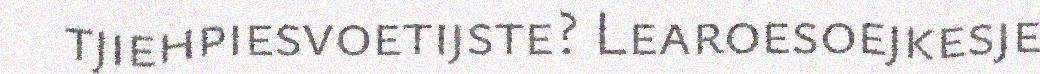
tjiehpiesvoetijste? Learoesoejkesje